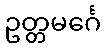
ဥတ္တမင်္ဂေ